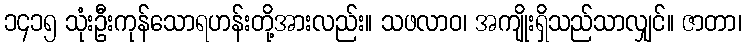
၁၄၁၅ သုံးဦးကုန်သောရဟန်းတို့အားလည်း။ သဖလာဝ၊ အကျိုးရှိသည်သာလျှင်။ ဇာတာ၊